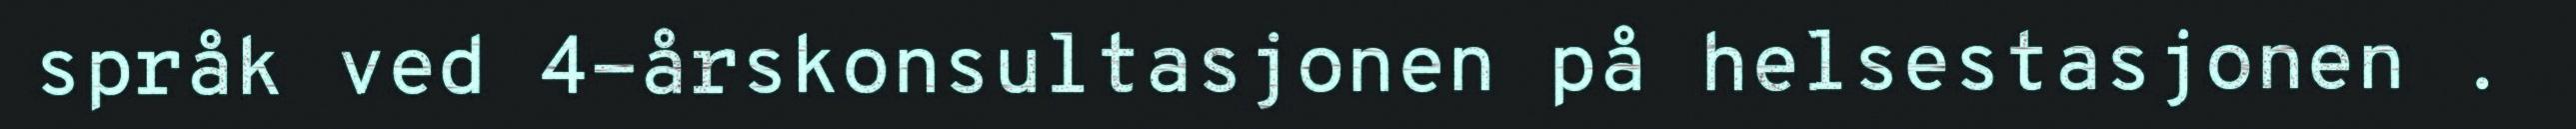
språk ved 4-årskonsultasjonen på helsestasjonen .